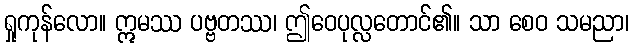
ရှုကုန်လော။ ဣမဿ ပဗ္ဗတဿ၊ ဤဝေပုလ္လတောင်၏။ သာ စေဝ သမညာ၊